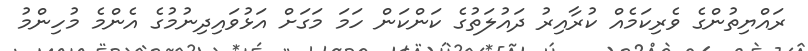
ރައްޔިތުންގެ ވެރިކަމެއް ކުރާއިރު ދައުލަތުގެ ކަންކަން ހަމަ މަގަށް އަޅުވައިދިނުމުގެ އެންމެ މުހިންމު